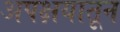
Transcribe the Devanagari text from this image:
अपक्षयातून